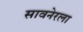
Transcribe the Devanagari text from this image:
सावनेरला